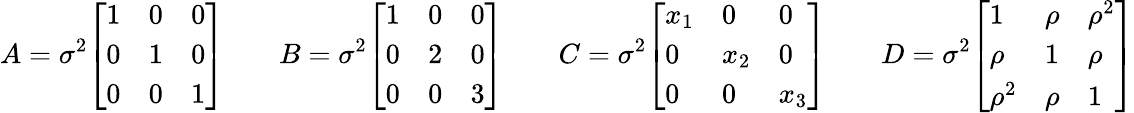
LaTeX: A=\sigma^{2}{\left[\begin{array}{lll}{1}&{0}&{0}\\ {0}&{1}&{0}\\ {0}&{0}&{1}\end{array}\right]}\; \; \; \; \; \; \; B=\sigma^{2}{\left[\begin{array}{lll}{1}&{0}&{0}\\ {0}&{2}&{0}\\ {0}&{0}&{3}\end{array}\right]}\; \; \; \; \; \; \; C=\sigma^{2}{\left[\begin{array}{lll}{x_{1}}&{0}&{0}\\ {0}&{x_{2}}&{0}\\ {0}&{0}&{x_{3}}\end{array}\right]}\; \; \; \; \; \; \; D=\sigma^{2}{\left[\begin{array}{lll}{1}&{\rho}&{\rho^{2}}\\ {\rho}&{1}&{\rho}\\ {\rho^{2}}&{\rho}&{1}\end{array}\right]}